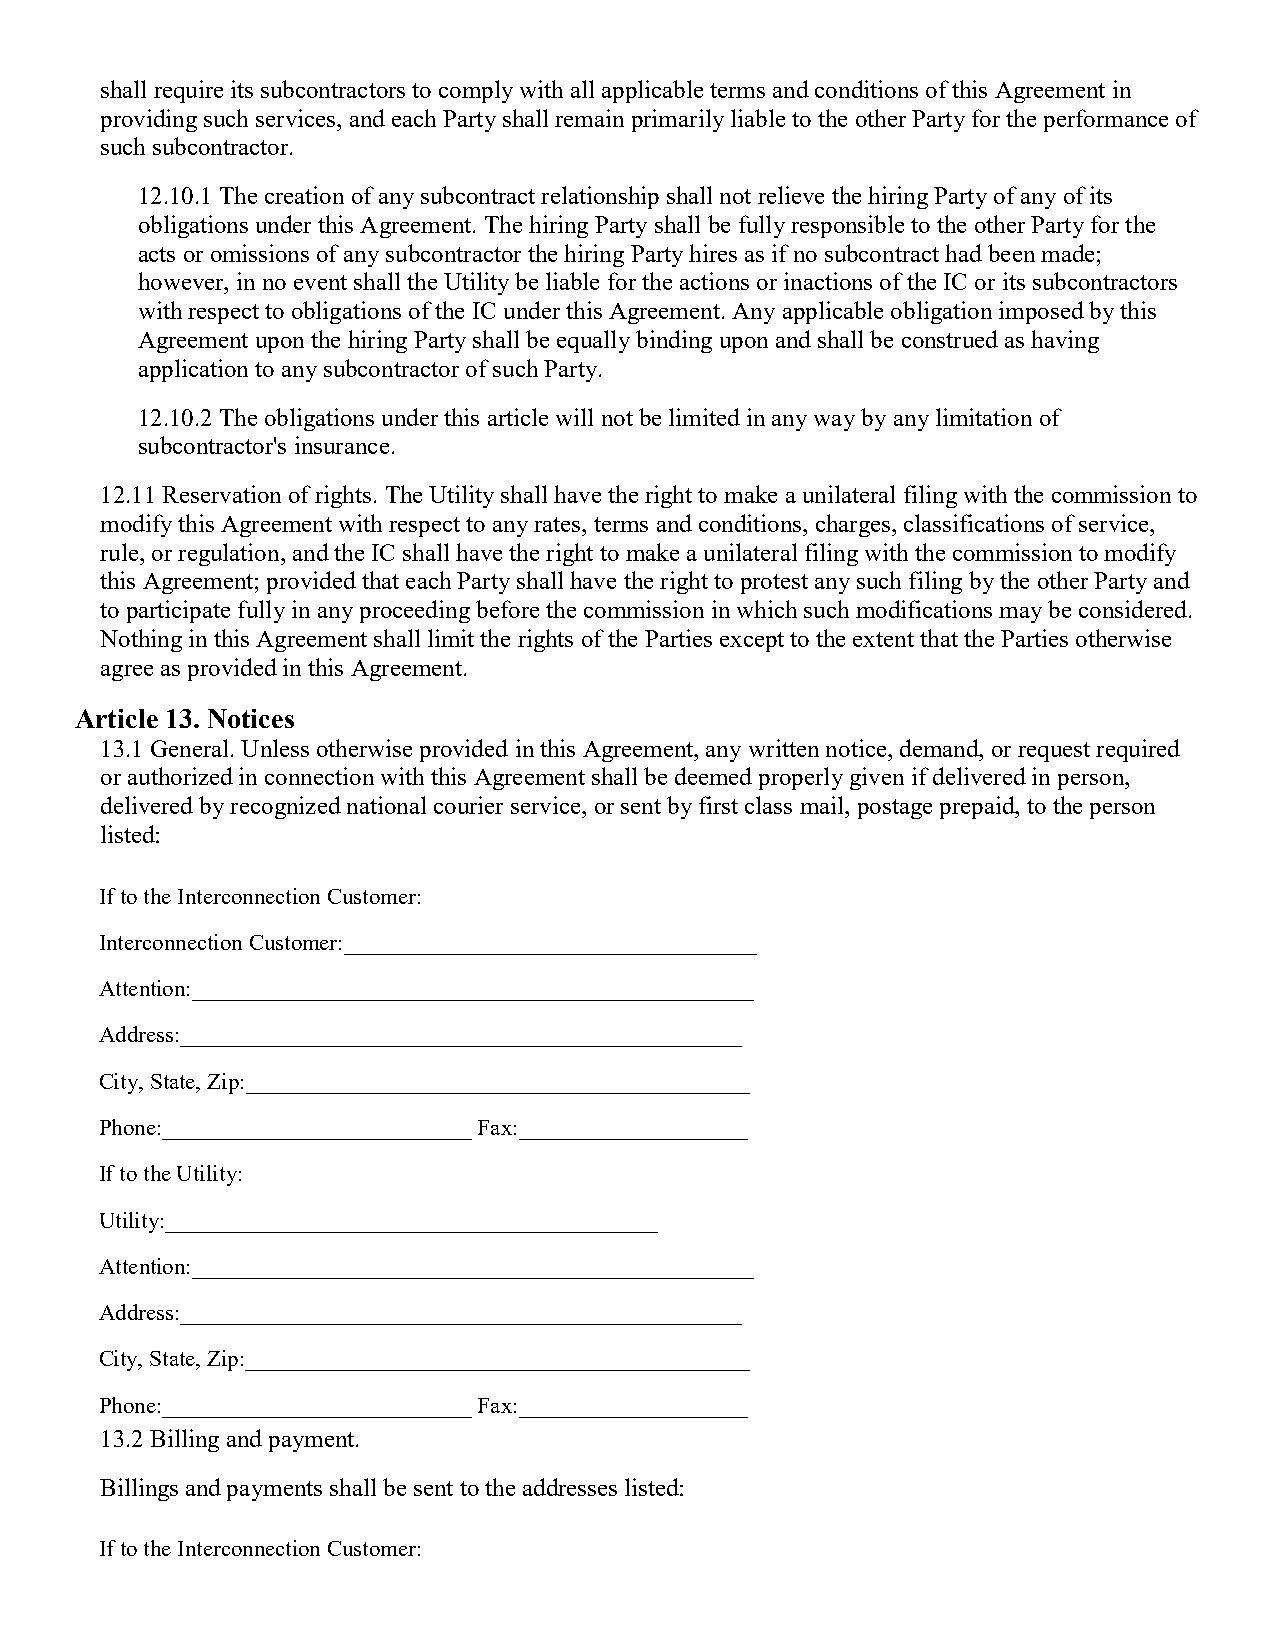
shall require its subcontractors to comply with all applicable terms and conditions of this Agreement in
 providing such services, and each Party shall remain primarily liable to the other Party for the performance of
 such subcontractor.
 12.10.1 The creation of any subcontract relationship shall not relieve the hiring Party of any of its
 obligations under this Agreement. The hiring Party shall be fully responsible to the other Party for the
 acts or omissions of any subcontractor the hiring Party hires as if no subcontract had been made;
 however, in no event shall the Utility be liable for the actions or inactions of the IC or its subcontractors
 with respect to obligations of the IC under this Agreement. Any applicable obligation imposed by this
 Agreement upon the hiring Party shall be equally binding upon and shall be construed as having
 application to any subcontractor of such Party.
 12.10.2 The obligations under this article will not be limited in any way by any limitation of
 subcontractor's insurance.
 12.11 Reservation of rights. The Utility shall have the right to make a unilateral filing with the commission to
 modify this Agreement with respect to any rates, terms and conditions, charges, classifications of service,
 rule, or regulation, and the IC shall have the right to make a unilateral filing with the commission to modify
 this Agreement; provided that each Party shall have the right to protest any such filing by the other Party and
 to participate fully in any proceeding before the commission in which such modifications may be considered.
 Nothing in this Agreement shall limit the rights of the Parties except to the extent that the Parties otherwise
 agree as provided in this Agreement.
 Article 13. Notices
 13.1 General. Unless otherwise provided in this Agreement, any written notice, demand, or request required
 or authorized in connection with this Agreement shall be deemed properly given if delivered in person,
 delivered by recognized national courier service, or sent by first class mail, postage prepaid, to the person
 listed:
 If to the Interconnection Customer:
 Interconnection Customer:____________________________________
 Attention:_________________________________________________
 Address:_________________________________________________
 City, State, Zip:____________________________________________
 Phone:___________________________ Fax:____________________
 If to the Utility:
 Utility:___________________________________________
 Attention:_________________________________________________
 Address:_________________________________________________
 City, State, Zip:____________________________________________
 Phone:___________________________ Fax:____________________
 13.2 Billing and payment.
 Billings and payments shall be sent to the addresses listed:
 If to the Interconnection Customer: